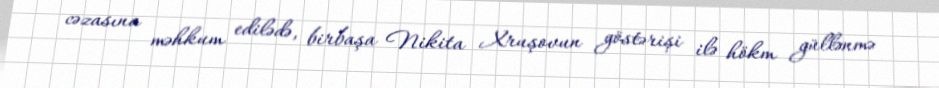
cəzasına məhkum edilədə, birbaşa Nikita Xruşovun göstərişi ilə hökm güllənmə